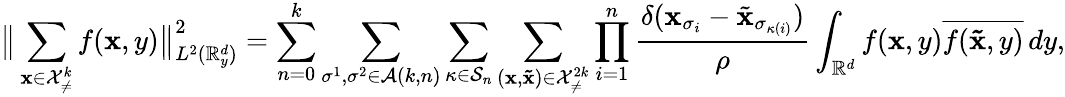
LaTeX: \big\lVert\sum_{\boldsymbol{\mathbf{x}}\in\mathcal{{X}}_{\neq}^{k}}f(\boldsymbol{\mathbf{x}},y)\big\rVert_{L^{2}(\mathbb{{R}}_{y}^{d})}^{2}=\sum_{n=0}^{k}\sum_{\sigma^{1},\sigma^{2}\in\mathcal{{A}}(k,n)}\sum_{\kappa\in\mathcal{{S}}_{n}}\sum_{(\boldsymbol{\mathbf{x}},\boldsymbol{\tilde{{\mathbf{x}}}})\in\mathcal{{X}}_{\neq}^{2k}}\prod_{i=1}^{n}\frac{{\delta(\mathbf{x}_{\sigma_{i}}-\tilde{{\mathbf{x}}}_{\sigma_{\kappa(i)}})}}{{\rho}}\int_{\mathbb{{R}}^{d}}f(\boldsymbol{\mathbf{x}},y)\overline{{{f(\boldsymbol{\tilde{{\mathbf{x}}}},y)}}}\, dy,